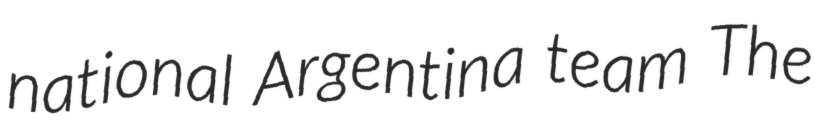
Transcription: national Argentina team The